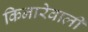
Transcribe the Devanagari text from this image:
किनारेवाली